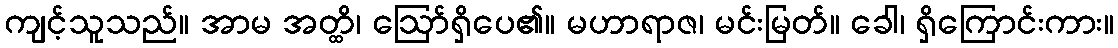
ကျင့်သူသည်။ အာမ အတ္ထိ၊ ဩော်ရှိပေ၏။ မဟာရာဇ၊ မင်းမြတ်။ ခေါ၊ ရှိကြောင်းကား။